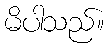
မိပါသည်။